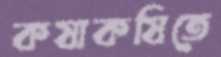
কষাকষিতে